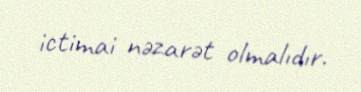
ictimai nəzarət olmalıdır.